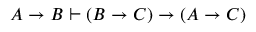
A \to B \vdash ( B \to C ) \to ( A \to C )